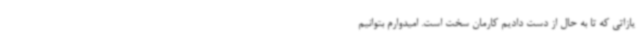
یازاتی که تا به حال از دست دادیم کارمان سخت است. امیدوارم بتوانیم